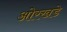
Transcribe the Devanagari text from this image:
ओरखडे